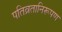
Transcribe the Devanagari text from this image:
पतिव्रतानिरूपण